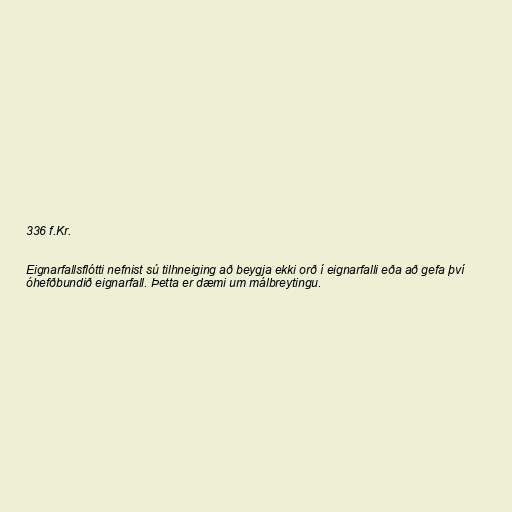
336 f.Kr.

Eignarfallsflótti nefnist sú tilhneiging að beygja ekki orð í eignarfalli eða að gefa því
óhefðbundið eignarfall. Þetta er dæmi um málbreytingu.